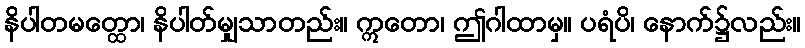
နိပါတမတ္ထော၊ နိပါတ်မျှသာတည်း။ ဣတော၊ ဤဂါထာမှ။ ပရံပိ၊ နောက်၌လည်း။